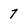
Character: 7